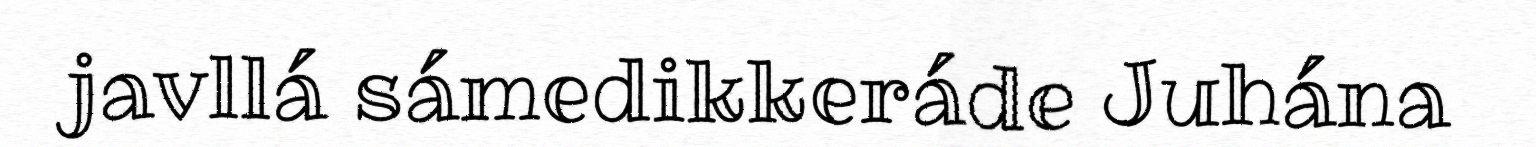
javllá sámedikkeráde Juhána